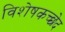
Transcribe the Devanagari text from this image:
विशेषकच्छेद